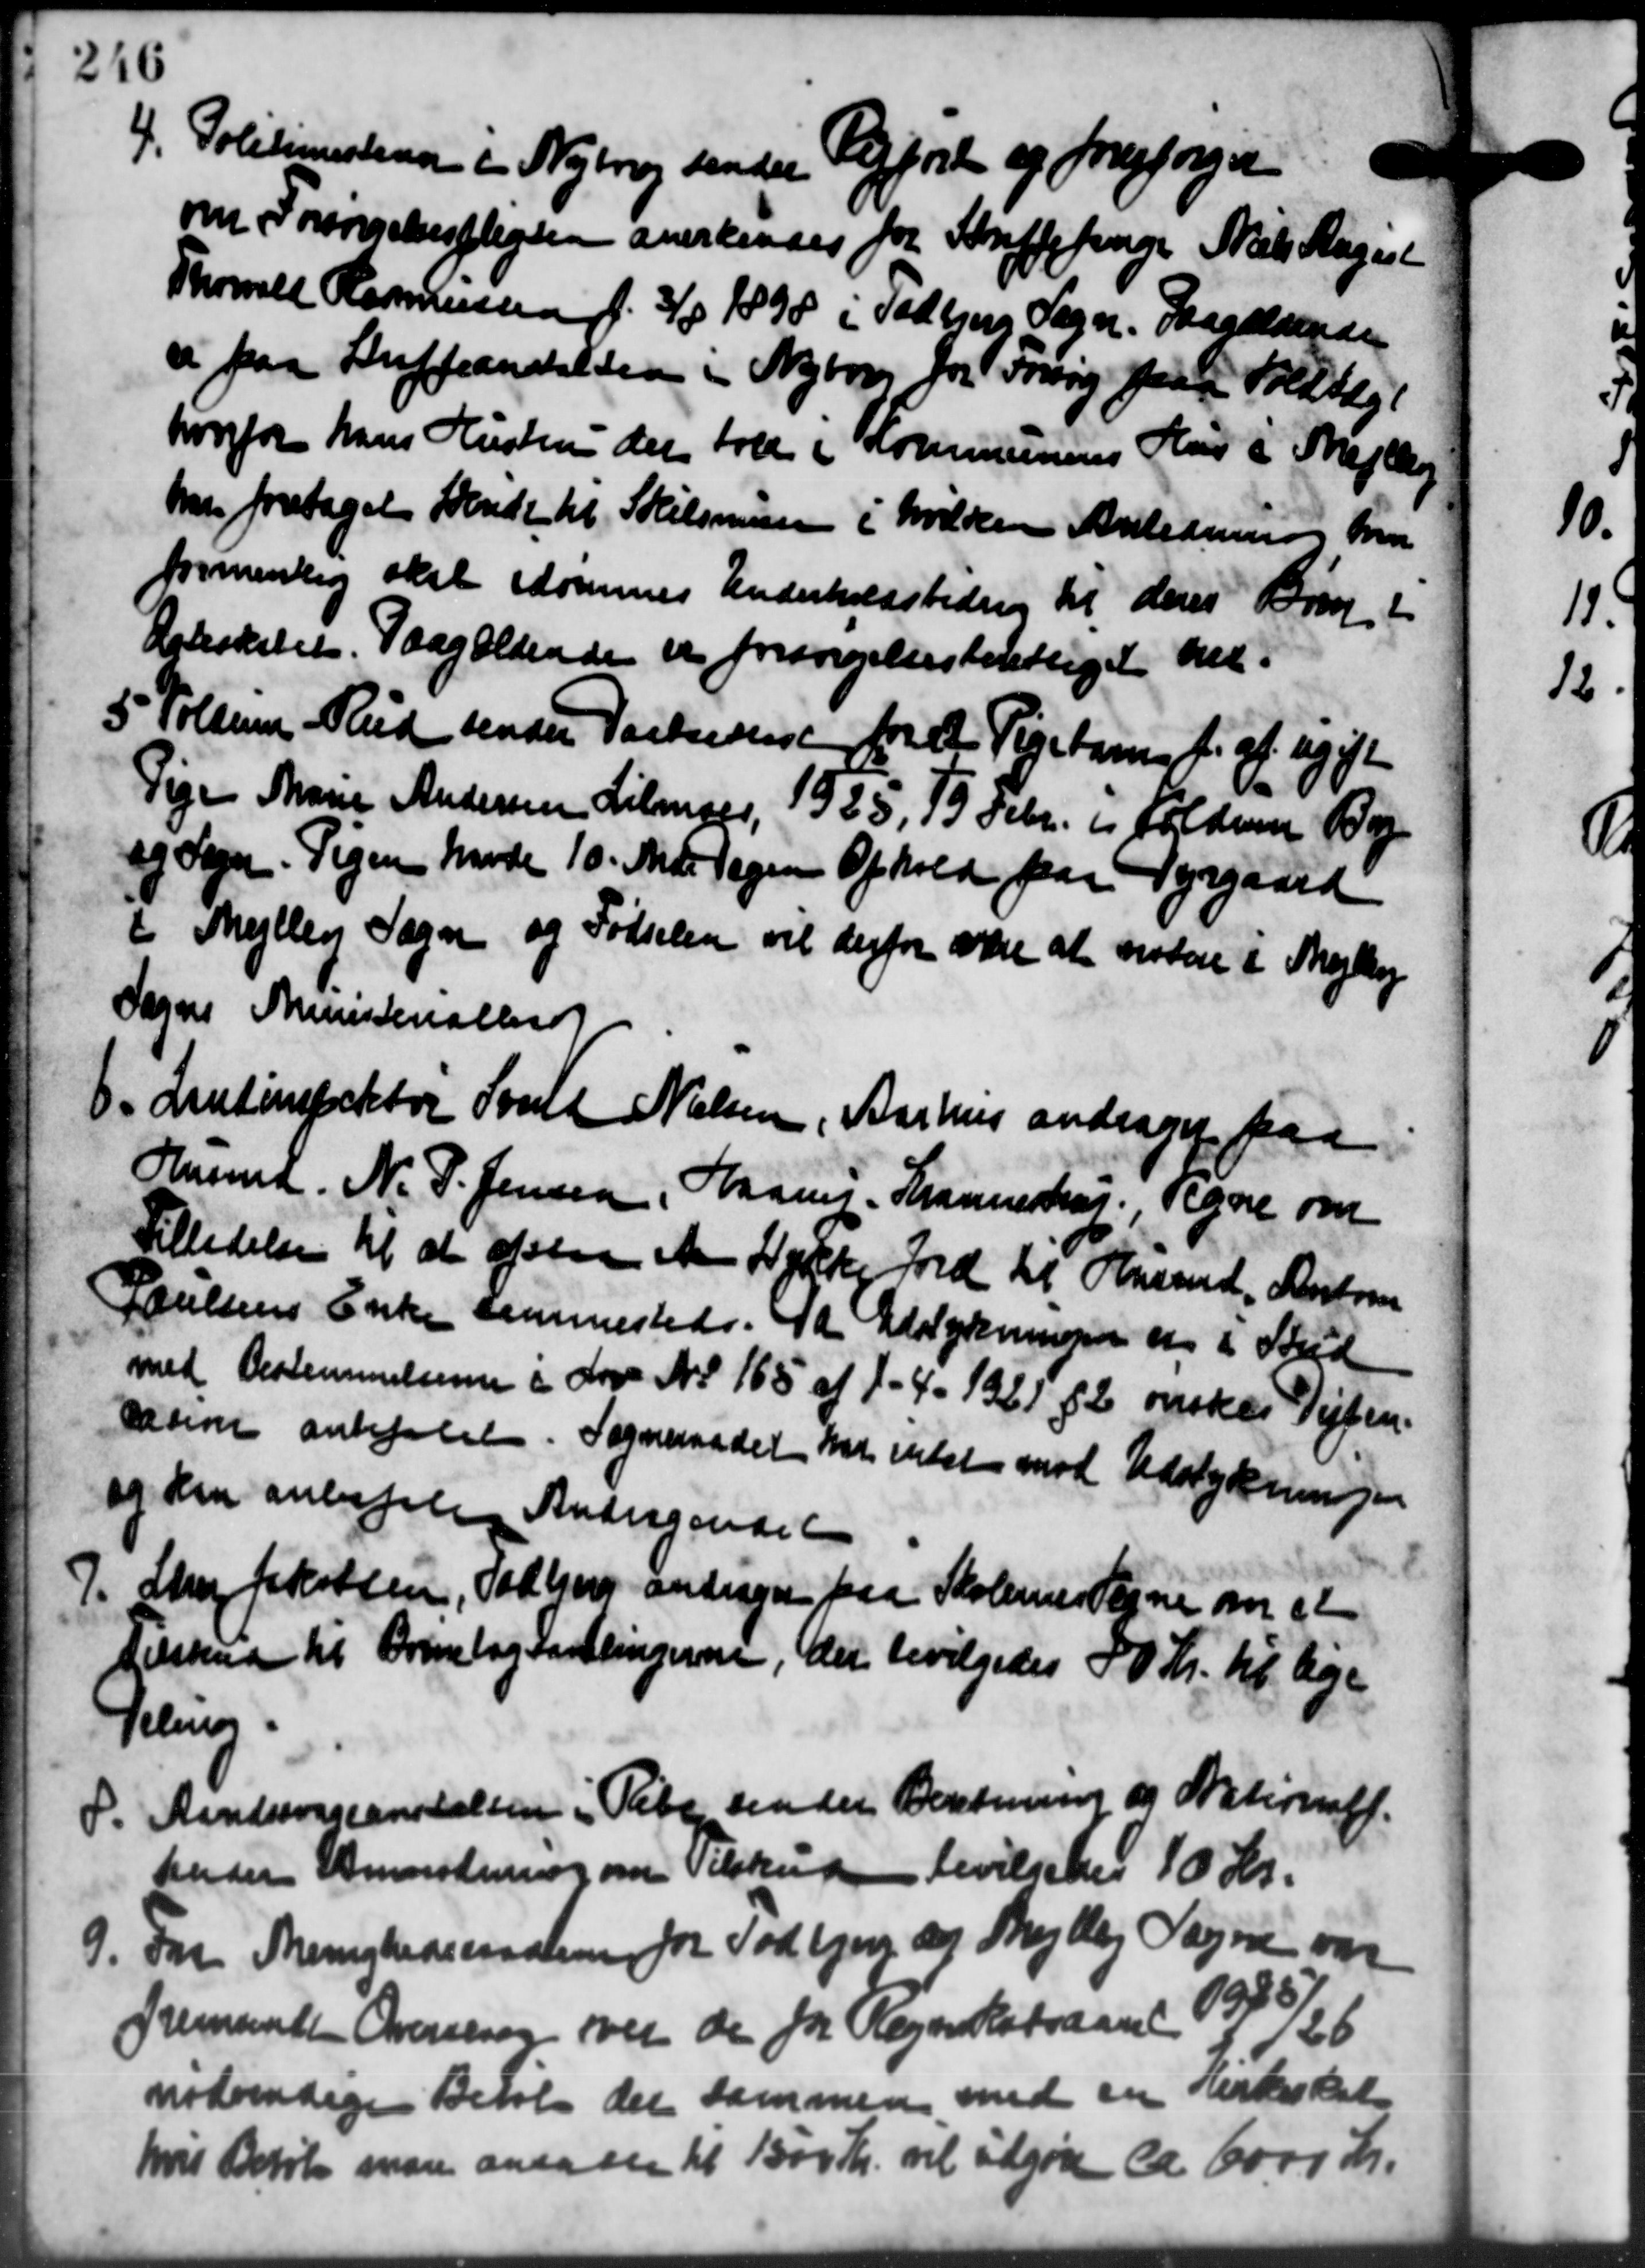
Transskription:
4.
Politimestene i Nybrog sender Vejfort og forespørger
om Forsørgelsespligten anerkendes for Skriftefinge Niels Magist
Thomalt Rasmussen f. 3/8 1898 i Todbjerg Sogn. Gaardsende
a paa Sufflandelsen i Nyborg for Forsøg paa Vedtægt
hvorfor hans Hustru der tale i Kommunens Hus i Mejlby
her foretaget sende til Skilsminen i hvilken Anledning hvor
formentlig skal edommes Underholdsbidrag til deres Brug i
Ægteskabet. Paagældende er forsørgelsesberettiget her-
5 Toldum Rud sender Pastedet for Pigebarn f. af ugift
5 Toldum Rud sender Pastedet for Pigebarn f. af ugift
Pige Marie Andersen, Lilmger, 1925, 13 Febr. i folde By
og Sogn. Pigen hvade 10. Mdr. Tagen Ophold paa Dyrgaard
i Mejlby Sogn og Fødselen vil derfor være at vistere i Mejlby
Sogns Ministerialbert
6. Lintinspektør Svale Nielsen, Aarhus andrager fra
6. Lintinspektør Svale Nielsen, Aarhus andrager fra
Husmd. N. P. Jensen, Haans. Kranneshøj. Tegne om
Tilladelse til at afslaa et Lykke Jord til Huset, Anton
Poulsens Enke sammested. 12. Udstykningen er i Skud
med Bestemmelserne i Lov No 165 af 1-4. 1921 § 2 ønskes Vejben-
sation anbefalet. Sogneraadet har intet mod Udstykningen
og den anbefale Andragende
7. Sten Jakobsen, Sachiver andrager paa Skolerner tegne om at
7. Sten Jakobsen, Sachiver andrager paa Skolerner tegne om at
Tilskud til Breslog Fartlingerne, der bevilgedes 50 Kr. til lige
Teleg
Aandssvageanstalten i Pete sender Beretning og Nationalf.
8.
Ander Anmodning om Tilskud bevilgedes 10 Kr.
9. For Menighedsraadene for Todbjerg og Mejlby Sogne var
9. For Menighedsraadene for Todbjerg og Mejlby Sogne var
fremsente Oversing over de for Regnskabsaaret 1925/26
nødvendige Beløb der sammen med en Kirkeskat
hvis Beløb man ansaaer til 100 Kr. vil udgøre ca. 6000 Kr.